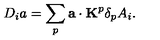
D _ { i } a = \sum _ { p } { \bf a } \cdot { \bf K } ^ { p } \delta _ { p } A _ { i } .